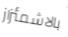
بالاشمئزاز